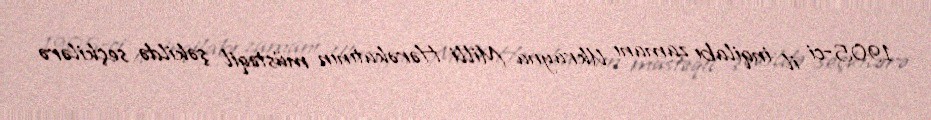
1905-ci il inqilabı zamanı Ukrayna Milli Hərəkatının müstəqil şəkildə seçkilərə